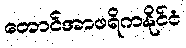
တောင်အာဖရိကနိုင်ငံ